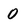
Character: 0